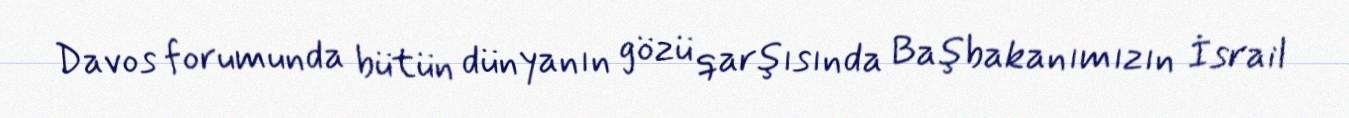
Davos forumunda bütün dünyanın gözü qarşısında Başbakanımızın İsrail